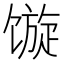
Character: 𩠍